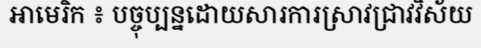
អាមេរិក ៖ បច្ចុប្បន្នដោយសារការស្រាវជ្រាវវិស័យ